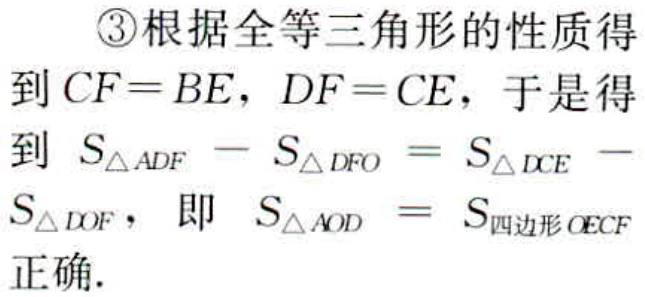
\textcircled{3}根据全等三角形的性质得
到\(CF = BE\)，\(DF = CE\)，于是得
到 \(S_{\triangle ADF}-S_{\triangle DFO}=S_{\triangle DCE}- \)
\(S_{\triangle DOF}\)， 即 \(S_{\triangle AOD}=S_{四边形OECF}\)
正确.